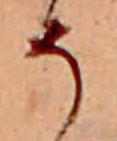
そ